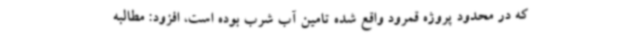
که در محدود پروژه قمرود واقع شده تامین آب شرب بوده است، افزود: مطالبه